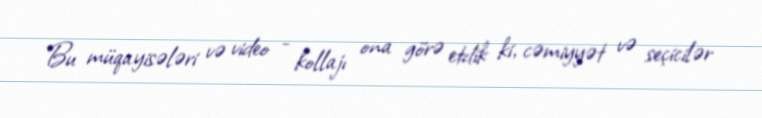
Bu müqayisələri və video - kollajı ona görə etdik ki, cəmiyyət və seçicilər